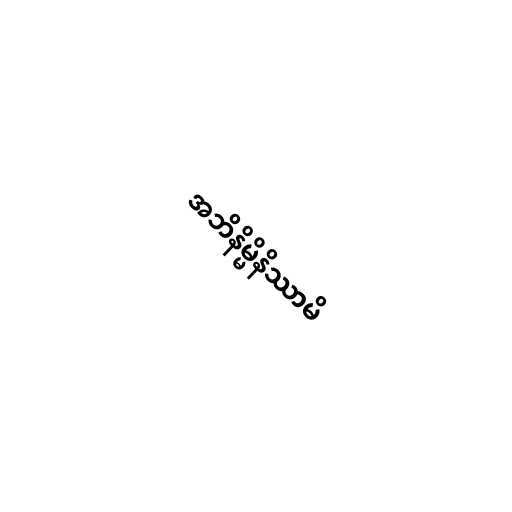
အဘိနိမ္မိနိဿာမိ